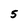
Character: 5